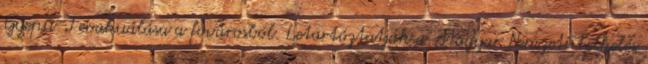
Gyepû-I evakuálása a fõvárosból. Letartóztatják a Magyar Nemzeti Felkelés